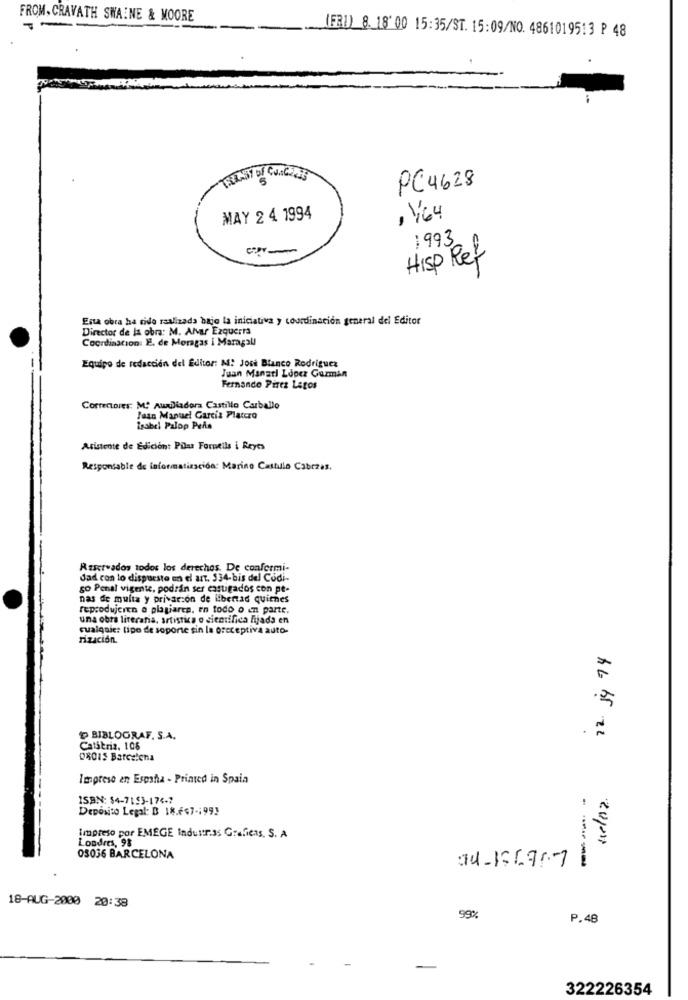
FROM. CRAVATH SWAINE & MOORE
(FB1) 8. 18' 00 15:35/ST. 15:09/NO. 4861019513 P 48
PC 4628
MAY 2 4 1994
, 164
1993
Hisp Ref
Esta obra ha sido raalizada bajo la iniciativa y coordinación general del Editor
Director de la obra: M. Alvar Ezquerra
Coordination: E. de Moragas i Maragall
Equipo de redacción del Editor: M: José Blanco Rodriguez
Juan Manuel Lopez Guzman
Fernando Pirez Lagos
Correctores: M. Auxiliadora Castillo Carballo
Juan Manuel Garcia Platero
isabel Palop Peña
Asistente de Edición: Pilar Fornells i Reyes
Responsable de informatización: Marino Castillo Cabrzas.
Rtctwados todos los derechos. De conformi-
dad con lo dispuesto en el art. 534-bis del Codi-
go Penal vigente, podrán ser castigados con pe-
nas de multa y privarion de libertad quienes
reprodujeren a plagiares. en todo o en parte.
una obra literaria, artistica o cientifica fijada en
cualquier tipo de soporte sin la oreceptiva auto.
rización.
22. 14 74
'D BIBLOGRAF. S.A.
Catstriz. 108
08015 Barcelona
Imprese en España - Printed in Spain
ISBN: $4-7153-174-7
Depósito Legal: B 18.647-1991
Londres, 98
Impreso por EMEGE Industrias Grafiens. S. A
03036 BARCELONA
14-1567/71
- ---
18-AUG-2000 20:38
99%
P.48
322226354